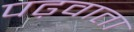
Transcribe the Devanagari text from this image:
पढ़वाता